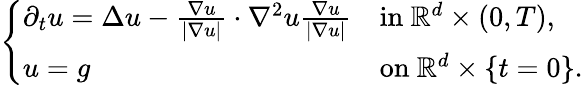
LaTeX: \begin{array}{r}{\left\{ \begin{array}{ll}{\partial_{t}u=\Delta u-\frac{\nabla u}{|\nabla u|}\cdot\nabla^{2}u\frac{\nabla u}{|\nabla u|}}&{\mathrm{in~}\mathbb{R}^{d}\times(0,T),}\\ {u=g}&{\mathrm{on~}\mathbb{R}^{d}\times\{ t=0\} .}\end{array}\right.}\end{array}